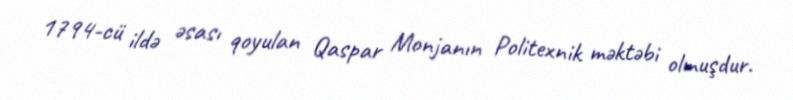
1794-cü ildə əsası qoyulan Qaspar Monjanın Politexnik məktəbi olmuşdur.